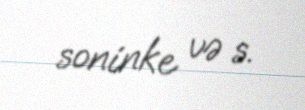
soninke və s.